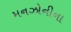
મનઝોનીના